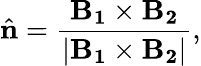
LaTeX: \hat{\mathbf{n}}=\frac{\mathbf{B_{1}}\times\mathbf{B_{2}}}{|\mathbf{B_{1}}\times\mathbf{B_{2}}|},